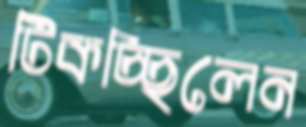
টিকচ্ছিলেন